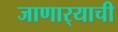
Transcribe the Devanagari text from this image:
जाणार्‍याची